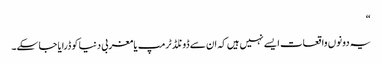
“
یہ دونوں واقعات ایسے نہیں ہیں کہ ان سے ڈونلڈ ٹرمپ یا مغربی دنیا کو ڈرایا جا سکے۔